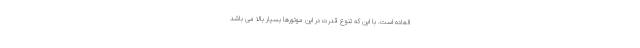
العاده است. با این که تنوع قدرت در این موتورها بسیار بالا می باشد